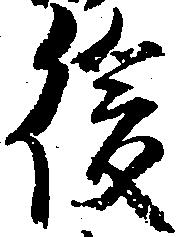
後